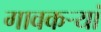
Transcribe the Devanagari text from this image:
गावकऱ्यां